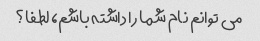
می توانم نام شما را داشته باشم، لطفا؟